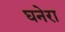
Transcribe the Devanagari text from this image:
घनेरा